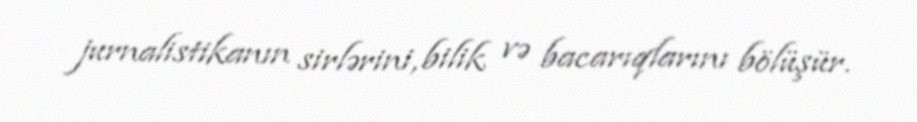
jurnalistikanın sirlərini, bilik və bacarıqlarını bölüşür.